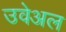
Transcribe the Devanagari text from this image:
उवेअल